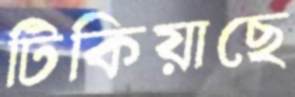
টিকিয়াছে